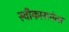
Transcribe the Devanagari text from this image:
स्वीकारानंतर